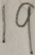
1 9